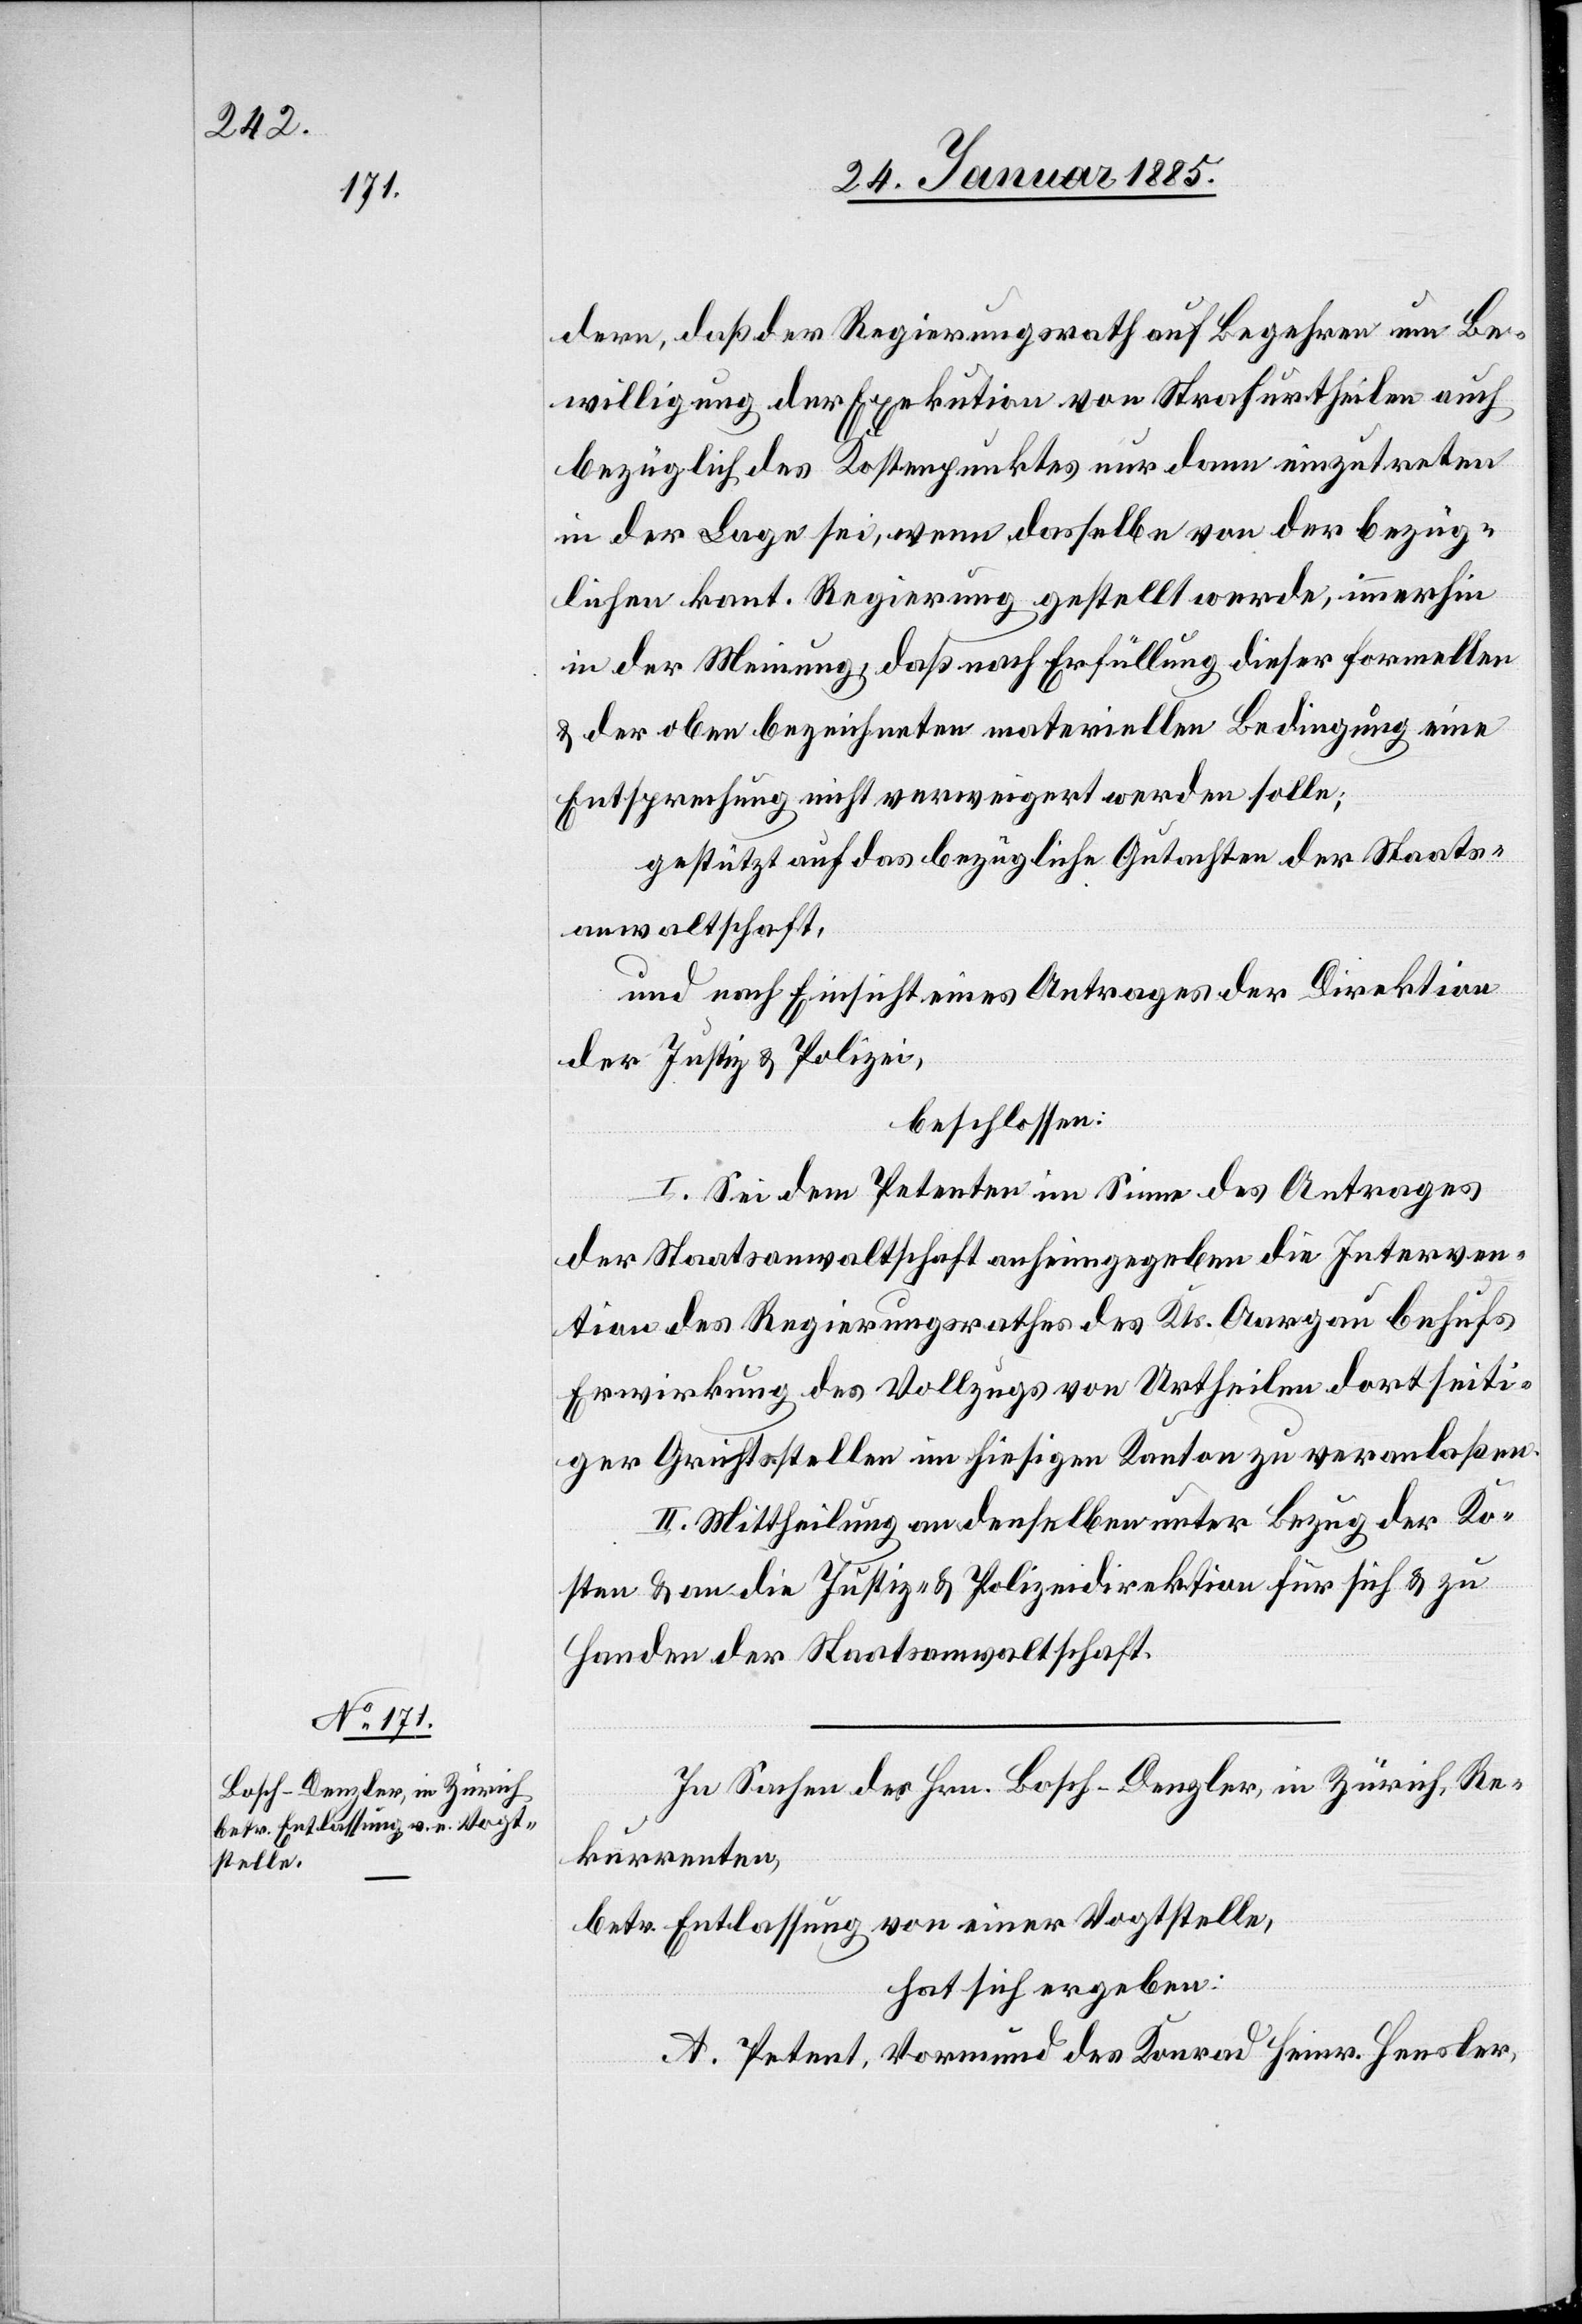
dern, daß der Regierungsrath auf Begehren um Be¬
willigung der Exekution von Strafurtheilen auch
bezüglich des Kostenpunktes nur dann eingetreten
in der Lage sei, wenn derselbe von der bezüg¬
lichen kant. Regierung gestellt werde, immerhin
in der Meinung, da s nach Erfüllung dieser formellen
& der oben bezeichneten materiellen Bedingung eine
Entsprechende nicht verweigert werden solle;
gestützt auf das bezügliche Gutachten der Staats¬
anwaltschaft,
und nach Einsicht eines Antrages der Direktion
der Justiz & Polizei,
beschlossen:
I. Sei dem Petenten im Sinne des Antrages
der Staatsanwaltschaft anheimgegeben die Interven¬
tion des Regierungsrathes des Kts. Aargau behufs
Erwirkung des Vollzugs von Urtheilen dortseiti¬
ger G[e]richtsstelle im hiesigen Kanton zu veranlaßen.
II. Mittheilung an denselben unter Bezug der Ko¬
sten & an die Justiz- & Polizeidirektion für sich & zu
Handen der Staatsanwaltschaft.
In Sachen der Hrn. Bosch-Denzler, in Zürich, Re¬
kurrenten,
betr. Entlassung von einer Vogtstelle,
hat sich ergeben:
A. Petent, Vormund des Konrad Heinr. Hensler,